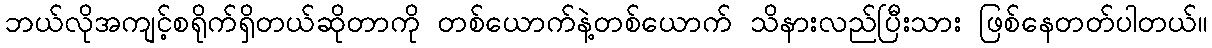
ဘယ်လိုအကျင့်စရိုက်ရှိတယ်ဆိုတာကို တစ်ယောက်နဲ့တစ်ယောက် သိနားလည်ပြီးသား ဖြစ်နေတတ်ပါတယ်။